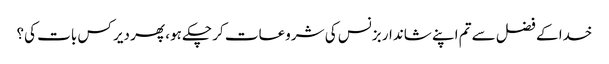
خدا کے فضل سے تم اپنے شاندار بزنس کی شروعات کر چکے ہو، پھر دیر کس بات کی؟